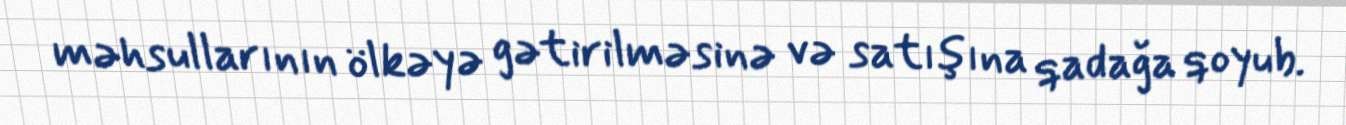
məhsullarının ölkəyə gətirilməsinə və satışına qadağa qoyub.